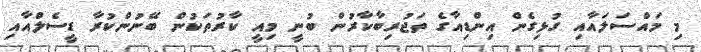
މި މައްސަލައާއި ގުޅިގެން އިންޑިއާގެ ތަޖުރިބާކާރުން ބުނީ މިއީ ކާރުތަކުން ބޭނުންކުރާ ޑީސެލްއާއި